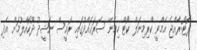
ފޮޓޯ:ރާއްޖެ އެމްވީ ކްރިމިނަލް ކޯޓް ހިމެނޭ ސަރަޙައްދުގައި ރައީސް ނަޝީދު ދޫކޮއްލުމަށް އެދި